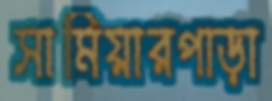
সামিয়ারপাড়া